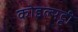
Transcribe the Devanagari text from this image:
कोइल्पट्टी